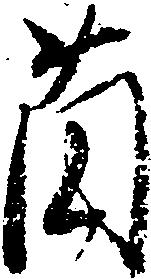
薗